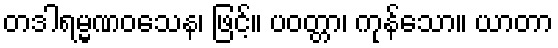
တဒါရမ္မဏဝသေန၊ ဖြင့်။ ပဝတ္တာ၊ ကုန်သော။ ယာတာ